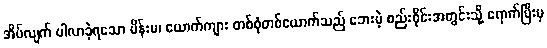
အိပ်လျက် ပါလာခဲ့ရသော မိန်းမ၊ ယောက်ကျား တစ်စုံတစ်ယောက်သည် ဘေးမဲ့ စည်းဝိုင်းအတွင်းသို့ ရောက်ပြီးမှ